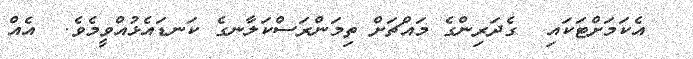
އެކަމަށްޓަކައި  ގެދަރިންގެ މައްޗަށް ތިމަންރަސްކަލާނގެ ކަނޑައެޅުއްވީމެވެ.  އެއް